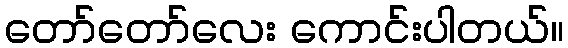
တော်တော်လေး ကောင်းပါတယ်။